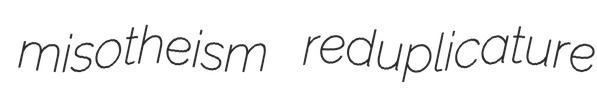
misotheism reduplicature